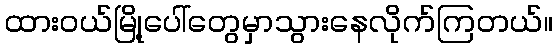
ထားဝယ်မြို့ပေါ်တွေမှာသွားနေလိုက်ကြတယ်။